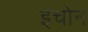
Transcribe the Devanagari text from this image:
इंचोन